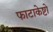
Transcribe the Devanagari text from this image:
फाटाकेष्टो